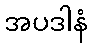
အပဒါနံ